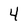
Character: 4